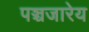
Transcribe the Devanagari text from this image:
पञ्चजारेय